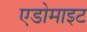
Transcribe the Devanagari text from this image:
एडोमाइट